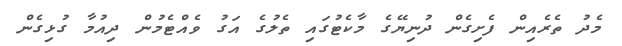
މެދު ތެރެއިން ފެށިގެން ދުނިޔޭގެ މާކެޓުގައި ތެލުގެ އަގު ވެއްޓެމުން ދިއުމާ ގުޅިގެން